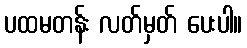
ပထမတန်း လတ်မှတ် ပေးပါ။